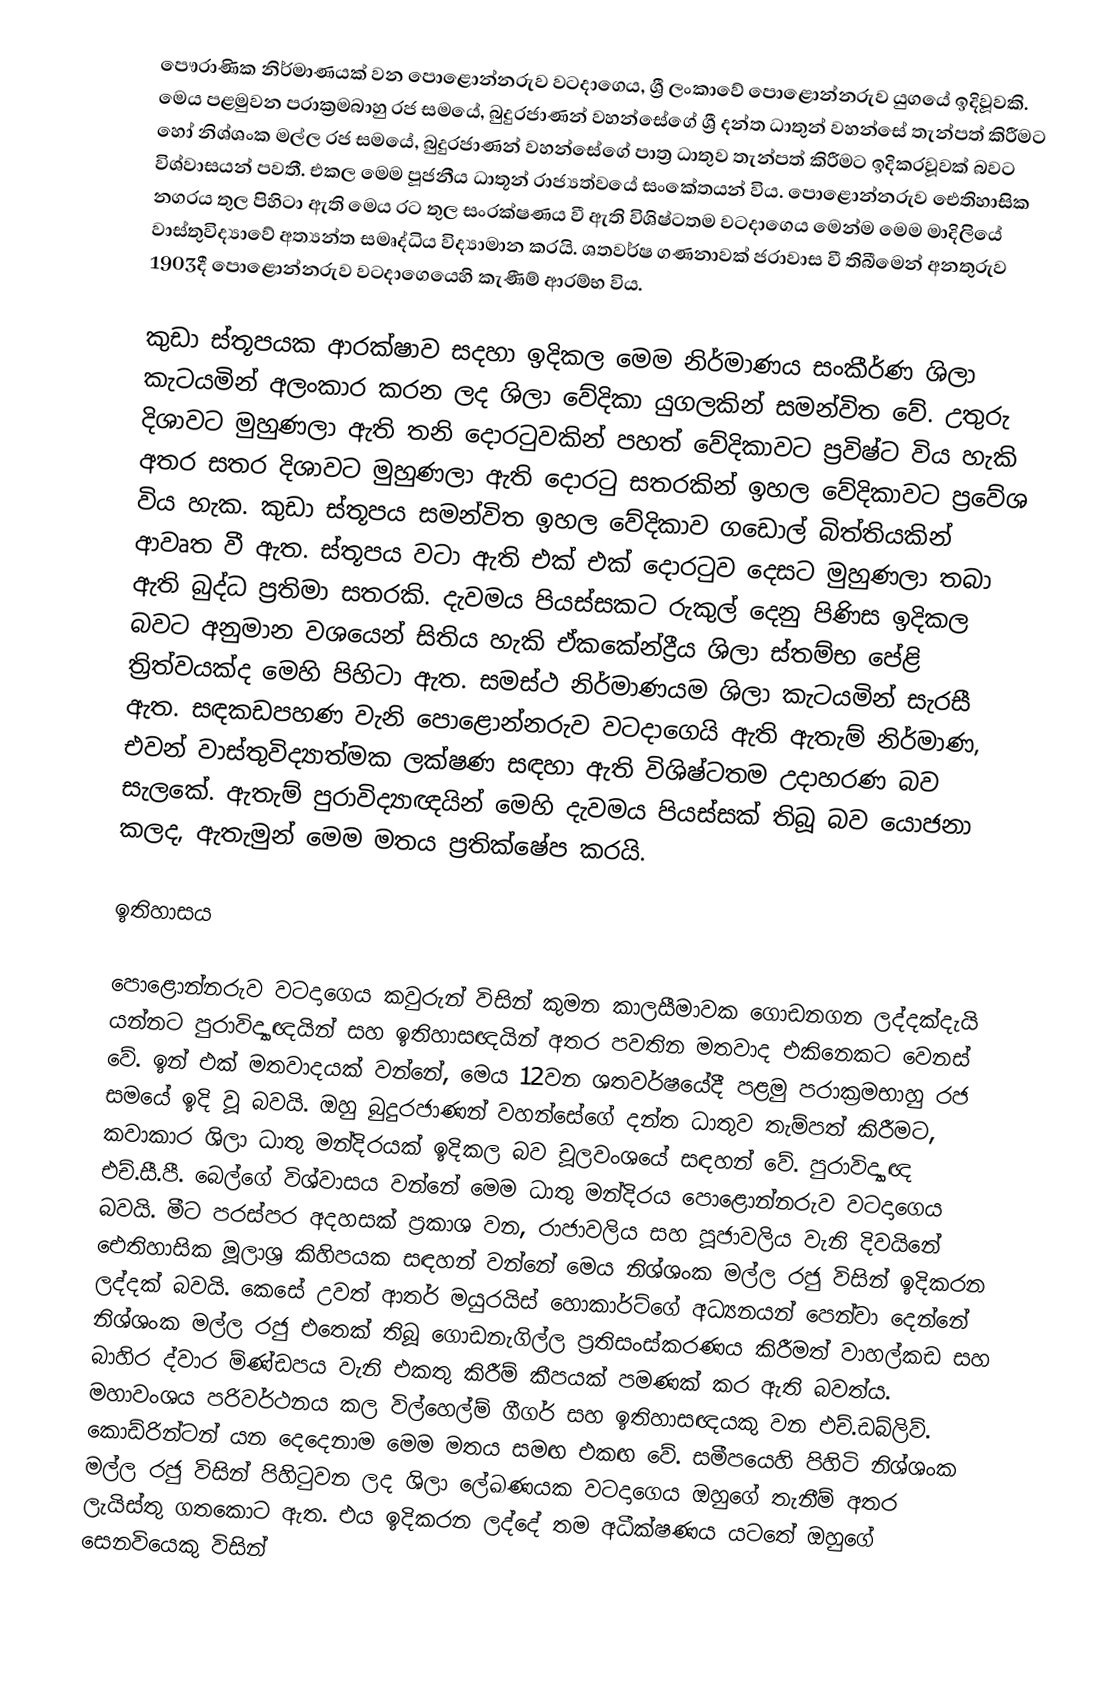
පෞරාණික නිර්මාණයක් වන පොළොන්නරුව වටදාගෙය, ශ්‍රී ලංකාවේ පොළොන්නරුව යුගයේ ඉදිවූවකි. මෙය පළමුවන පරාක්‍රමබාහු රජ සමයේ, බුදුරජාණන් වහන්සේගේ ශ්‍රී දන්ත ධාතුන් වහන්සේ තැන්පත් කිරීමට හෝ නිශ්ශංක මල්ල රජ සමයේ, බුදුරජාණන් වහන්සේගේ පාත්‍ර ධාතුව තැන්පත් කිරීමට ඉදිකරවූවක් බවට විශ්වාසයන් පවතී. එකල මෙම පූජනීය ධාතූන් රාජ්‍යත්වයේ සංකේතයන් විය. පොළොන්නරුව ඓතිහාසික නගරය තුල පිහිටා ඇති මෙය රට තුල සංරක්ෂණය වී ඇති විශිෂ්ටතම වටදාගෙය මෙන්ම මෙම මාදිලියේ වාස්තුවිද්‍යාවේ අත්‍යන්ත සමෘද්ධිය විද්‍යාමාන කර‍යි. ශතවර්ෂ ගණනාවක් ජරාවාස වී තිබීමෙන් අනතුරුව 1903දී පොළොන්නරුව වටදාගෙයෙහි  කැණීම් ආරම්භ විය.

කුඩා ස්තූපයක ආරක්ෂාව සදහා ඉදිකල මෙම නිර්මාණය සංකීර්ණ ශිලා කැටයමින් අලංකාර කරන ලද ශිලා වේදිකා යුගලකින් සමන්විත වේ. උතුරු දිශාවට මුහුණලා ඇති තනි දොරටුවකින් පහත් වේදිකාවට ප්‍රවිෂ්ට විය හැකි අතර සතර දිශාවට මුහුණලා ඇති දොරටු සතරකින් ඉහල වේදිකාවට ප්‍රවේශ විය හැක. කුඩා ස්තූපය සමන්විත ඉහල වේදිකාව ගඩොල් බිත්තියකින් ආවෘත වී ඇත. ස්තූපය වටා ඇති එක් එක් දොරටුව දෙසට මුහුණලා තබා ඇති බුද්ධ ප්‍රතිමා සතරකි.  දැවමය පියස්සකට රුකුල් දෙනු පිණිස ඉදිකල බවට අනුමාන වශයෙන් සිතිය හැකි ඒකකේන්ද්‍රීය ශිලා ස්තම්භ පේළි ත්‍රිත්වයක්ද මෙහි පිහිටා ඇත. සමස්ථ නිර්මාණයම ශිලා කැටයමින් සැරසී ඇත. සඳකඩපහණ වැනි පොළොන්නරුව වටදාගෙයි ඇති ඇතැම් නිර්මාණ, එවන් වාස්තුවිද්‍යාත්මක ලක්ෂණ සඳහා ඇති විශිෂ්ටතම උදාහරණ බව සැලකේ. ඇතැම් පුරාවිද්‍යාඥයින් මෙහි දැවමය පියස්සක් තිබූ බව යොජනා කලද, ඇතැමුන් මෙම මතය ප්‍රතික්ෂේප කරයි.

ඉතිහාසය

පොළොන්නරුව වටදාගෙය කවුරුන් විසින් කුමන කාලසීමාවක ගොඩනගන ලද්දක්දැයි යන්නට පුරාවිද්‍යාඥයින් සහ ඉතිහාසඥයින් අතර පවතින මතවාද එකිනෙකට වෙනස් වේ. ඉන් එක් මතවාදයක් වන්නේ, මෙය 12වන ශතවර්ෂයේදී  පළමු පරාක්‍රමභාහු රජ සමයේ ඉදි වූ බවයි. ඔහු බුදුරජාණන් වහන්සේගේ දන්ත ධාතුව තැම්පත් කිරීමට, කවාකාර ශිලා ධාතු මන්දිරයක් ඉදිකල බව චූලවංශයේ සඳහන් වේ. පුරාවිද්‍යාඥ එච්.සී.පී. බෙල්ගේ විශ්වාසය වන්නේ මෙම ධාතු මන්දිරය පොළොන්නරුව වටදාගෙය බවයි. මීට පරස්පර අදහසක් ප්‍රකාශ වන,  රාජාවලිය සහ පූජාවලිය වැනි දිවයිනේ ඓතිහාසික මූලාශ්‍ර කිහිපයක සඳහන් වන්නේ මෙය නිශ්ශංක මල්ල රජු විසින් ඉදිකරන ලද්දක් බවයි. කෙසේ උවත් ආතර් මයුරයිස් හොකාර්ට්ගේ අධ්‍යනයන් පෙන්වා දෙන්නේ  නිශ්ශංක මල්ල රජු එතෙක් තිබූ ගොඩනැගිල්ල ප්‍රතිසංස්කරණය කිරීමත් වාහල්කඩ සහ බාහිර ද්වාර ම්ණ්ඩපය වැනි එකතු කිරීම් කීපයක් පමණක් කර ඇති බවත්ය. මහාවංශය පරිවර්ථනය කල විල්හෙල්ම් ගීගර් සහ ඉතිහාසඥයකු වන එච්.ඩබ්ලිව්. කොඩ්රින්ටන් යන දෙදෙනාම මෙම මතය සමඟ එකඟ වේ. සමීපයෙහි පිහිටි නිශ්ශංක මල්ල රජු විසින් පිහිටුවන ලද  ශිලා ලේඛණයක වටදාගෙය ඔහුගේ තැනීම් අතර ලැයිස්තු ගතකොට ඇත. එය ඉදිකරන ලද්දේ තම අධීක්ෂණය යටතේ ඔහුගේ සෙනවියෙකු විසින්